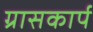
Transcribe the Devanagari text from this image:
ग्रासकार्प